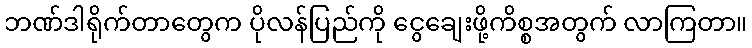
ဘဏ်ဒါရိုက်တာတွေက ပိုလန်ပြည်ကို ငွေချေးဖို့ကိစ္စအတွက် လာကြတာ။